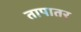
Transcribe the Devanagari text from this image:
तापातर